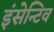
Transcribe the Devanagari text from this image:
इंसेन्टिव